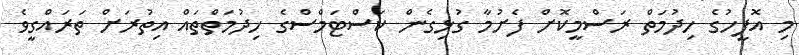
މި އޮފީހުގެ ހިދުމަތް ރަސްމީކޮށް ފެށުމާ ގުޅިގެން ކަސްޓަމްސްގެ ހިދުމަތްތައް އިތުރަށް ތަަރައްގީވެ